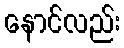
နောင်လည်း